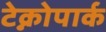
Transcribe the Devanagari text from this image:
टेक्नोपार्क